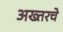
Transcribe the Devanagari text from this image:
अख्तरचे